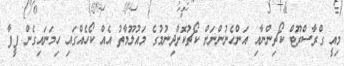
މިއީ ގްރާސްރޫޓް ކޯޗިންނާއި އަންހެނުންނަށް ކޯޗުކޮށްދިނުމުގެ މައުލޫމާތު އެއް ކޯހެއްގައި ހިމަނައިގެން ފީފާ